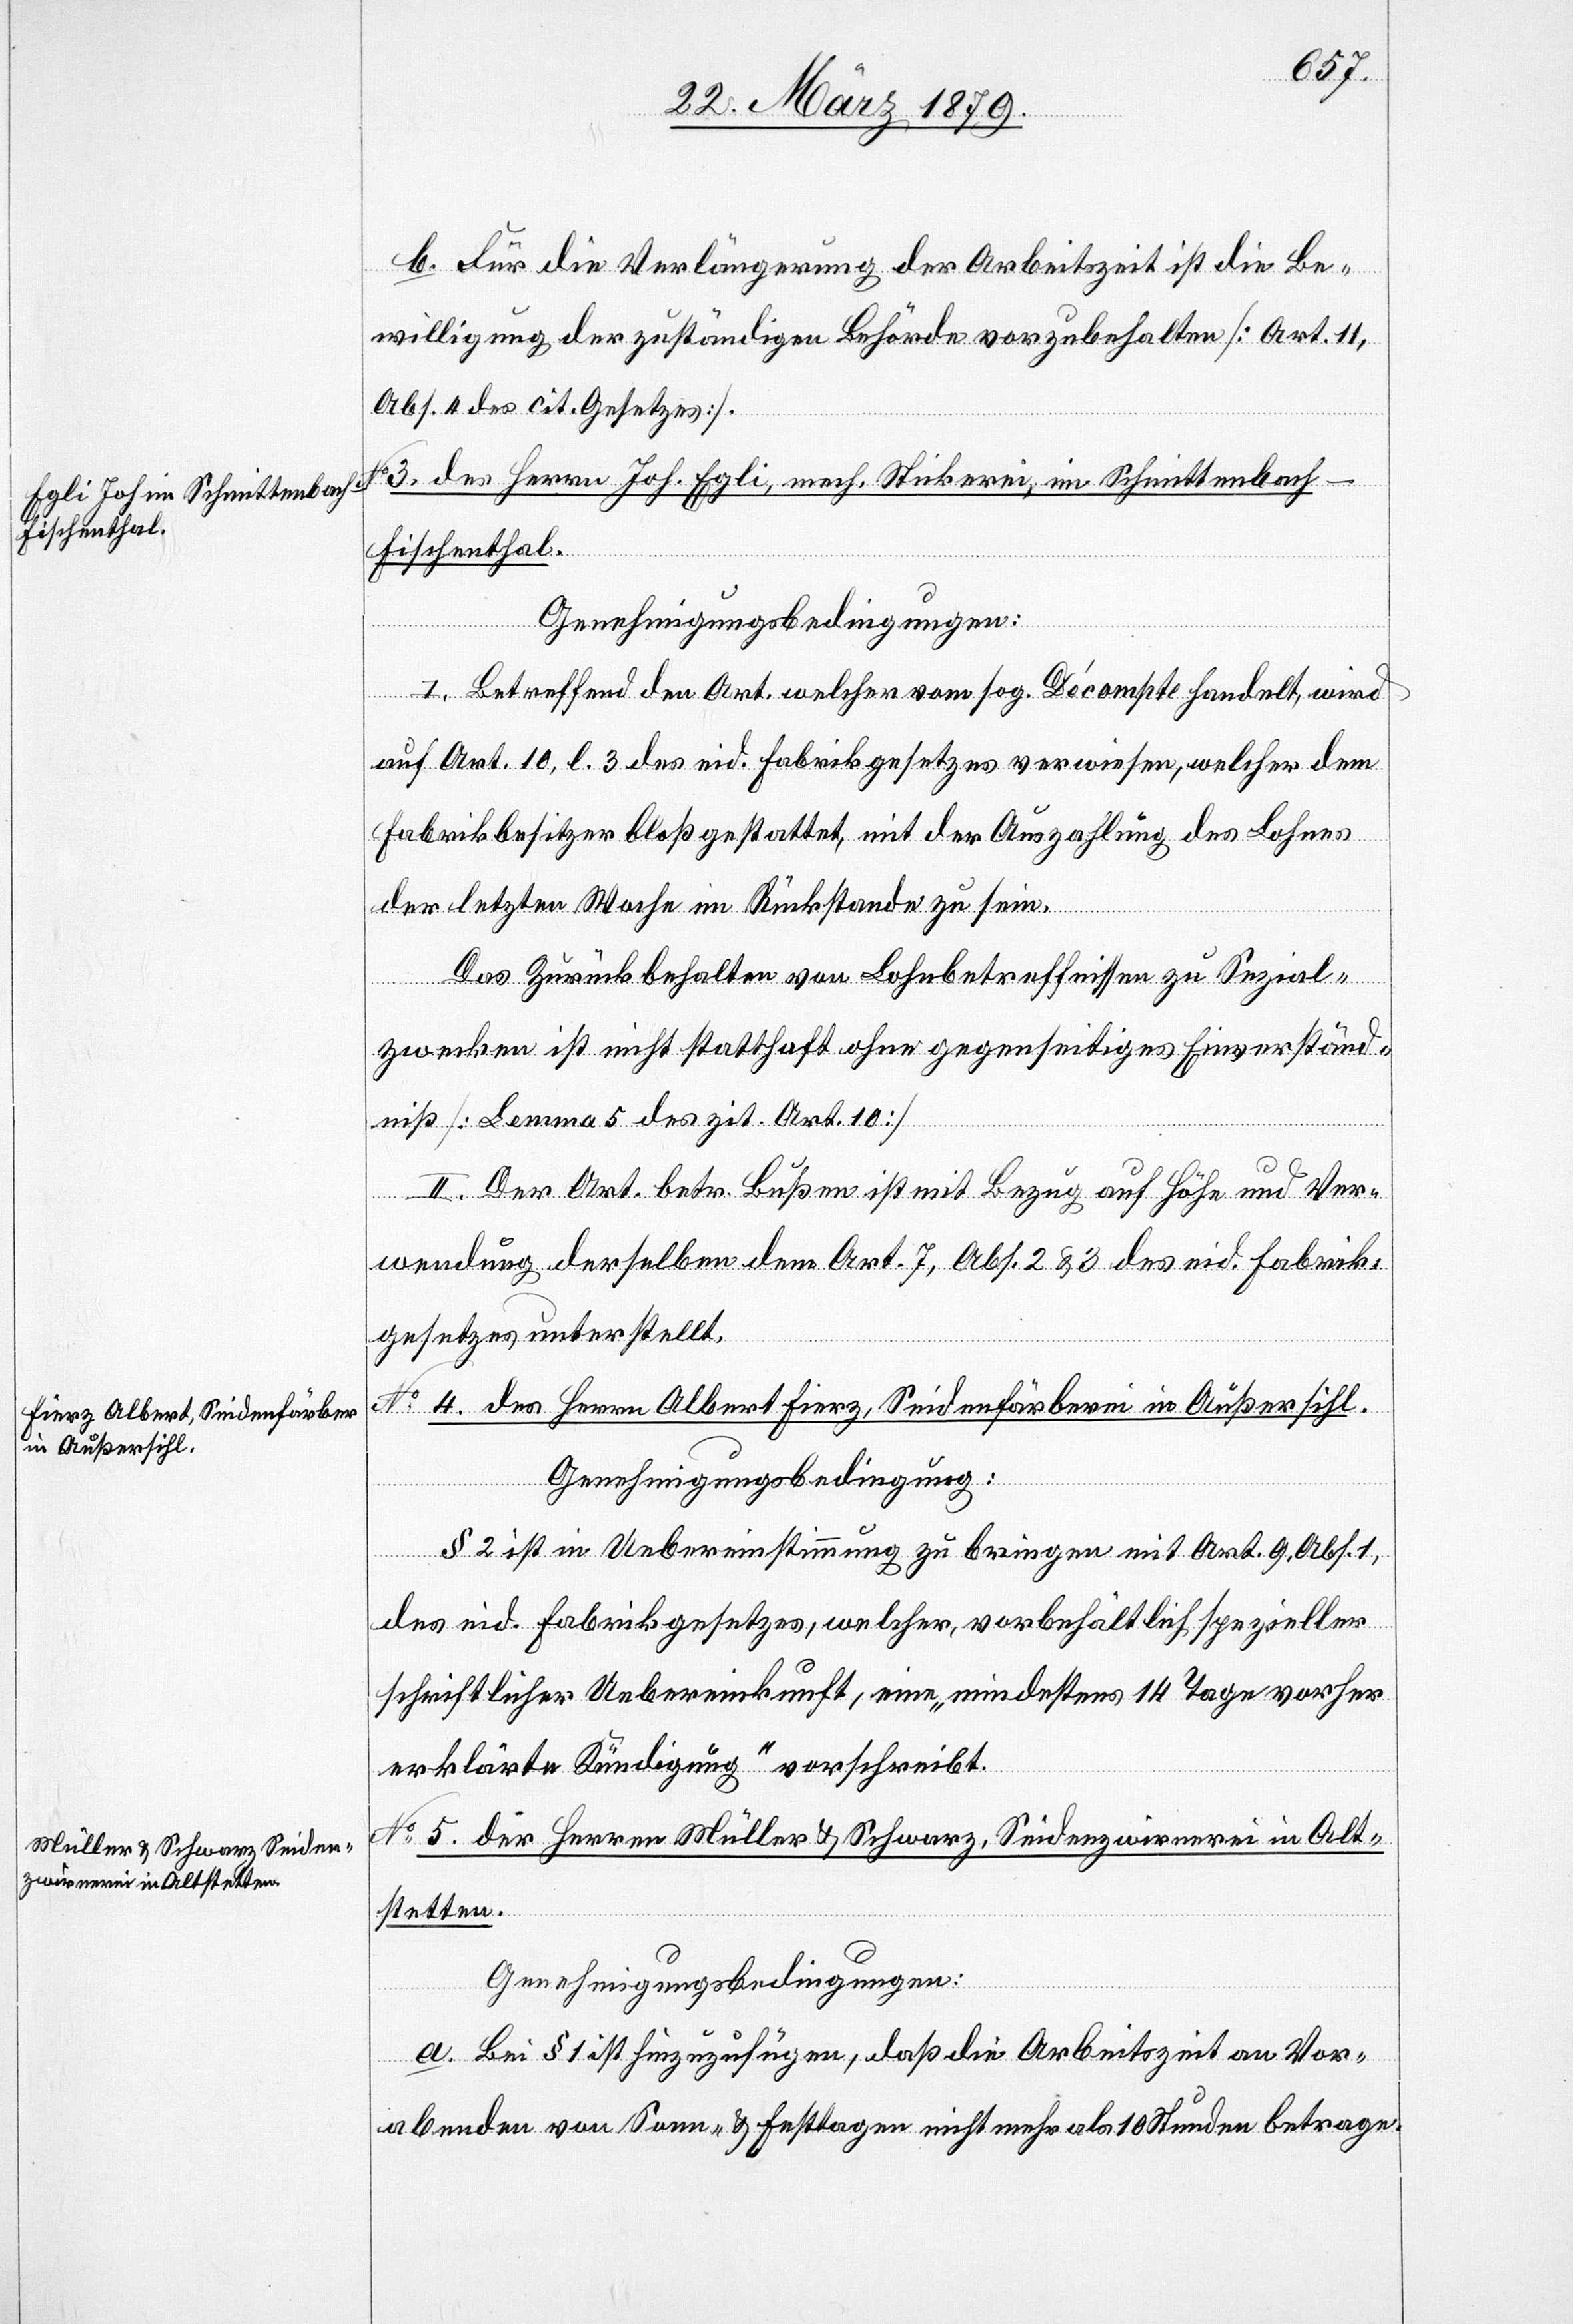
b. Für die Verlängerung der Arbeitszeit ist die Be¬
willigung der zuständigen Behörde vorzubehalten [Art. 11,
Abs. 4 des cit. Gesetzes].
No 3. des Herrn Joh. Egli, mech. Stickerei, im Schmittenbach
Fischenthal.
Genehmigungsbedingungen:
I. Betreffend den Art. welcher vom sog. Décompte handelt, wird
auf Art. 10, l. 3 des eid. Fabrikgesetzes verwiesen, welcher dem
Fabrikbesitzer bloß gestattet, mit der Auszahlung des Lohnes
der letzten Woche im Rückstande zu sein.
Das Zurückbehalten von Lohnbetreffnissen zu Spezial¬
zwecken ist nicht statthaft ohne gegenseitiges Einverständ¬
niß [Lemma 5 des zit. Art. 10].
II. Der Art. betr. Bußen ist mit Bezug auf Höhe und Ver¬
wendung derselben dem Art. 7, Abs. 2 & 3 des eid. Fabrik¬
gesetzes unterstellt.
No 4. des Herrn Albert Fierz, Seidenfärberei in Außersihl.
Genehmigungsbedingung:
§ 2 ist in Uebereinstimmung zu bringen mit Art. 9, Abs. 1,
des eid. Fabrikgesetzes, welcher, vorbehältlich spezieller
schriftlicher Uebereinkunft, eine „mindestens 14 Tage vorher
erklärte Kündigung“ vorschreibt.
No 5. der Herren Müller & Schwarz, Seidenzwirnerei in Alt¬
stetten.
Genehmigungsbedingungen:
a. Bei § 1 ist hinzuzufügen, daß die Arbeitszeit an Vor¬
abenden von Sonn- & Festtagen nicht mehr als 10 Stunden betrage.